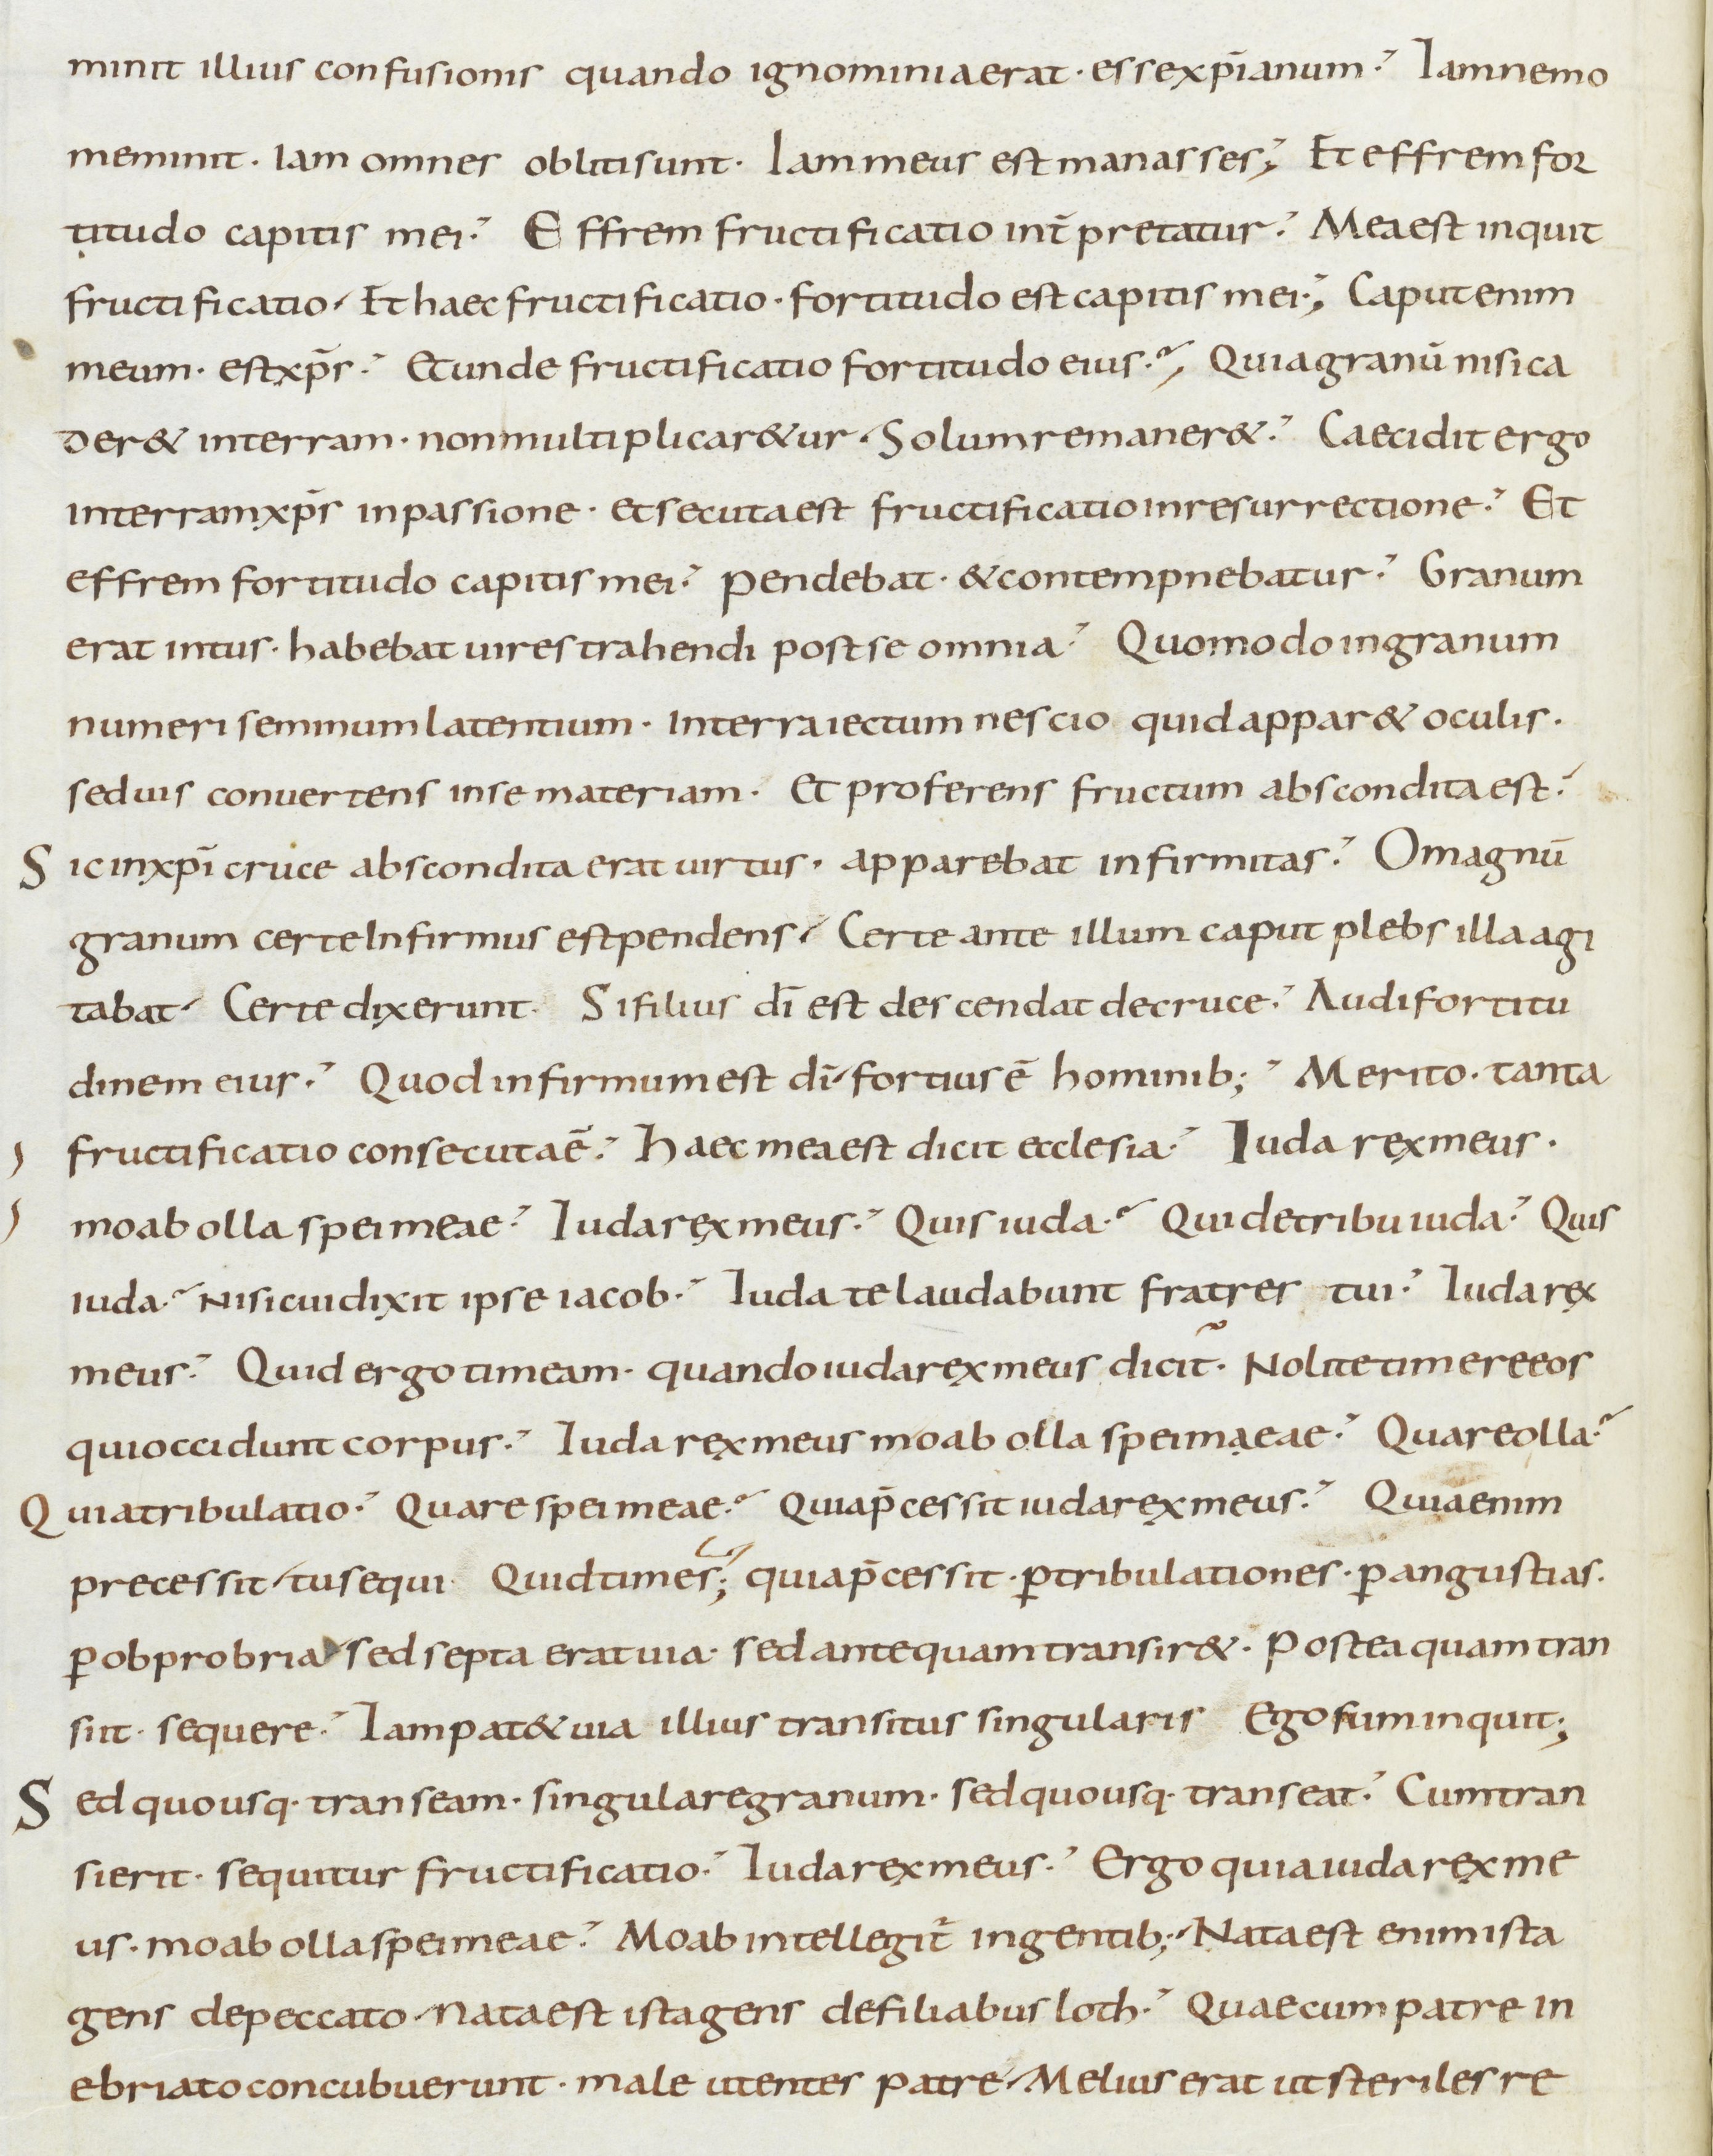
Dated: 800–899